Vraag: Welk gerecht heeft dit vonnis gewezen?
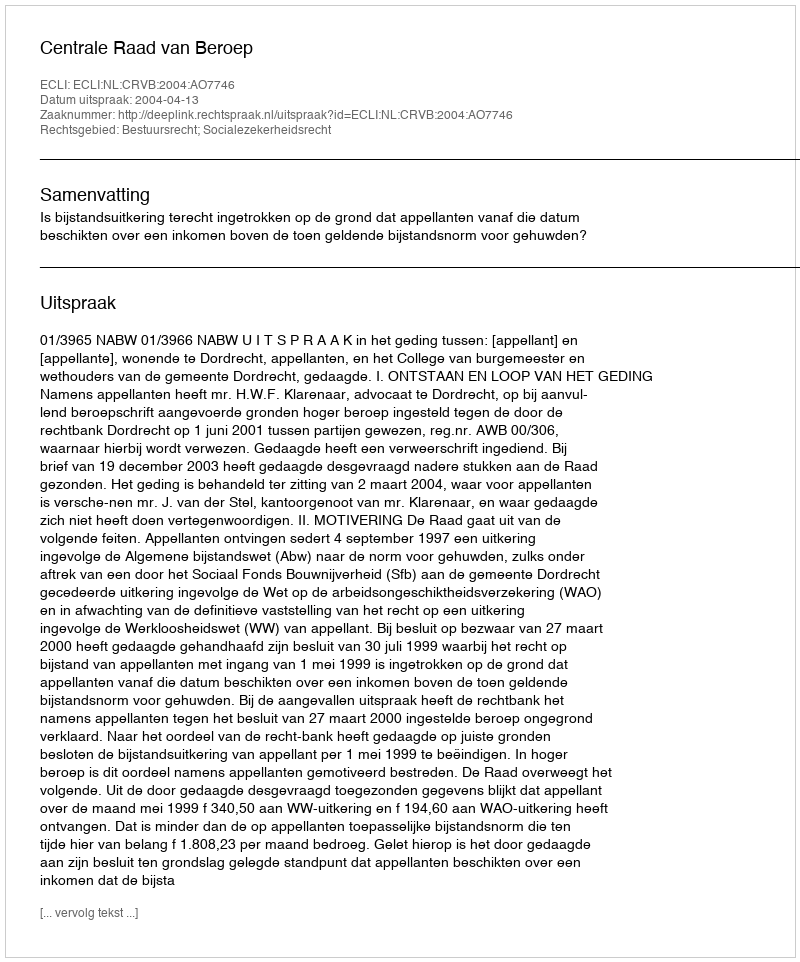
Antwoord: Centrale Raad van Beroep